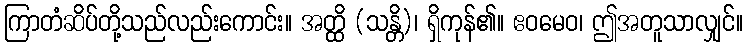
ကြာတံဆိပ်တို့သည်လည်းကောင်း။ အတ္ထိ (သန္တိ)၊ ရှိကုန်၏။ ဧဝမေဝ၊ ဤအတူသာလျှင်။